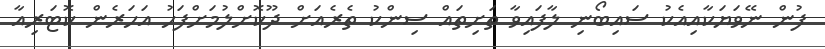
ފުން ނޭވަޔަކާއިއެކު ސައިބޯނި ލާފައިވާ ތަށިތައް ސިންކު ތެރެއަށް ދޫކޮށްލުމަށްފަހު އަހަރެން ކޮޓަރިއާ